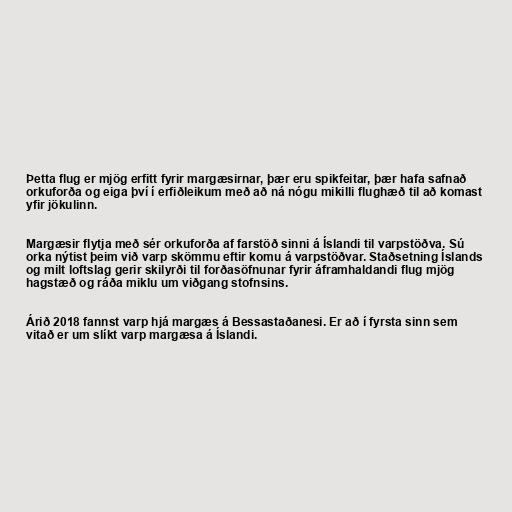
Þetta flug er mjög erfitt fyrir margæsirnar, þær eru spikfeitar, þær hafa safnað
orkuforða og eiga því í erfiðleikum með að ná nógu mikilli flughæð til að komast
yfir jökulinn.

Margæsir flytja með sér orkuforða af farstöð sinni á Íslandi til varpstöðva. Sú
orka nýtist þeim við varp skömmu eftir komu á varpstöðvar. Staðsetning Íslands
og milt loftslag gerir skilyrði til forðasöfnunar fyrir áframhaldandi flug mjög
hagstæð og ráða miklu um viðgang stofnsins.

Árið 2018 fannst varp hjá margæs á Bessastaðanesi. Er að í fyrsta sinn sem
vitað er um slíkt varp margæsa á Íslandi.